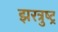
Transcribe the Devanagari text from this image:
झरत्रुष्ट्र